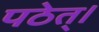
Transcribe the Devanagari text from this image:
पठेत्।